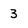
Character: 3